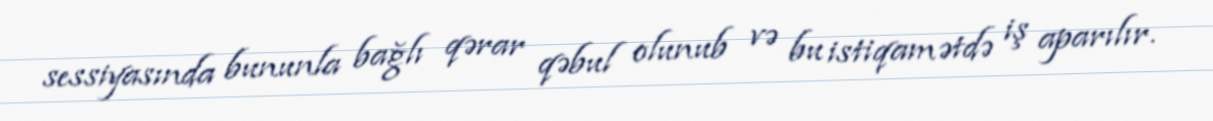
sessiyasında bununla bağlı qərar qəbul olunub və bu istiqamətdə iş aparılır.